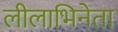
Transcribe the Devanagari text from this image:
लीलाभिनेता